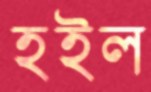
হইল